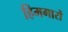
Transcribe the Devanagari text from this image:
हिमगारों